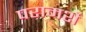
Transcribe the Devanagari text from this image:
परामर्शे